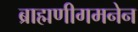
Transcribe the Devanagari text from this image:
ब्राह्मणीगमनेन